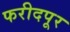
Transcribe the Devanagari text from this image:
फरीदपूर